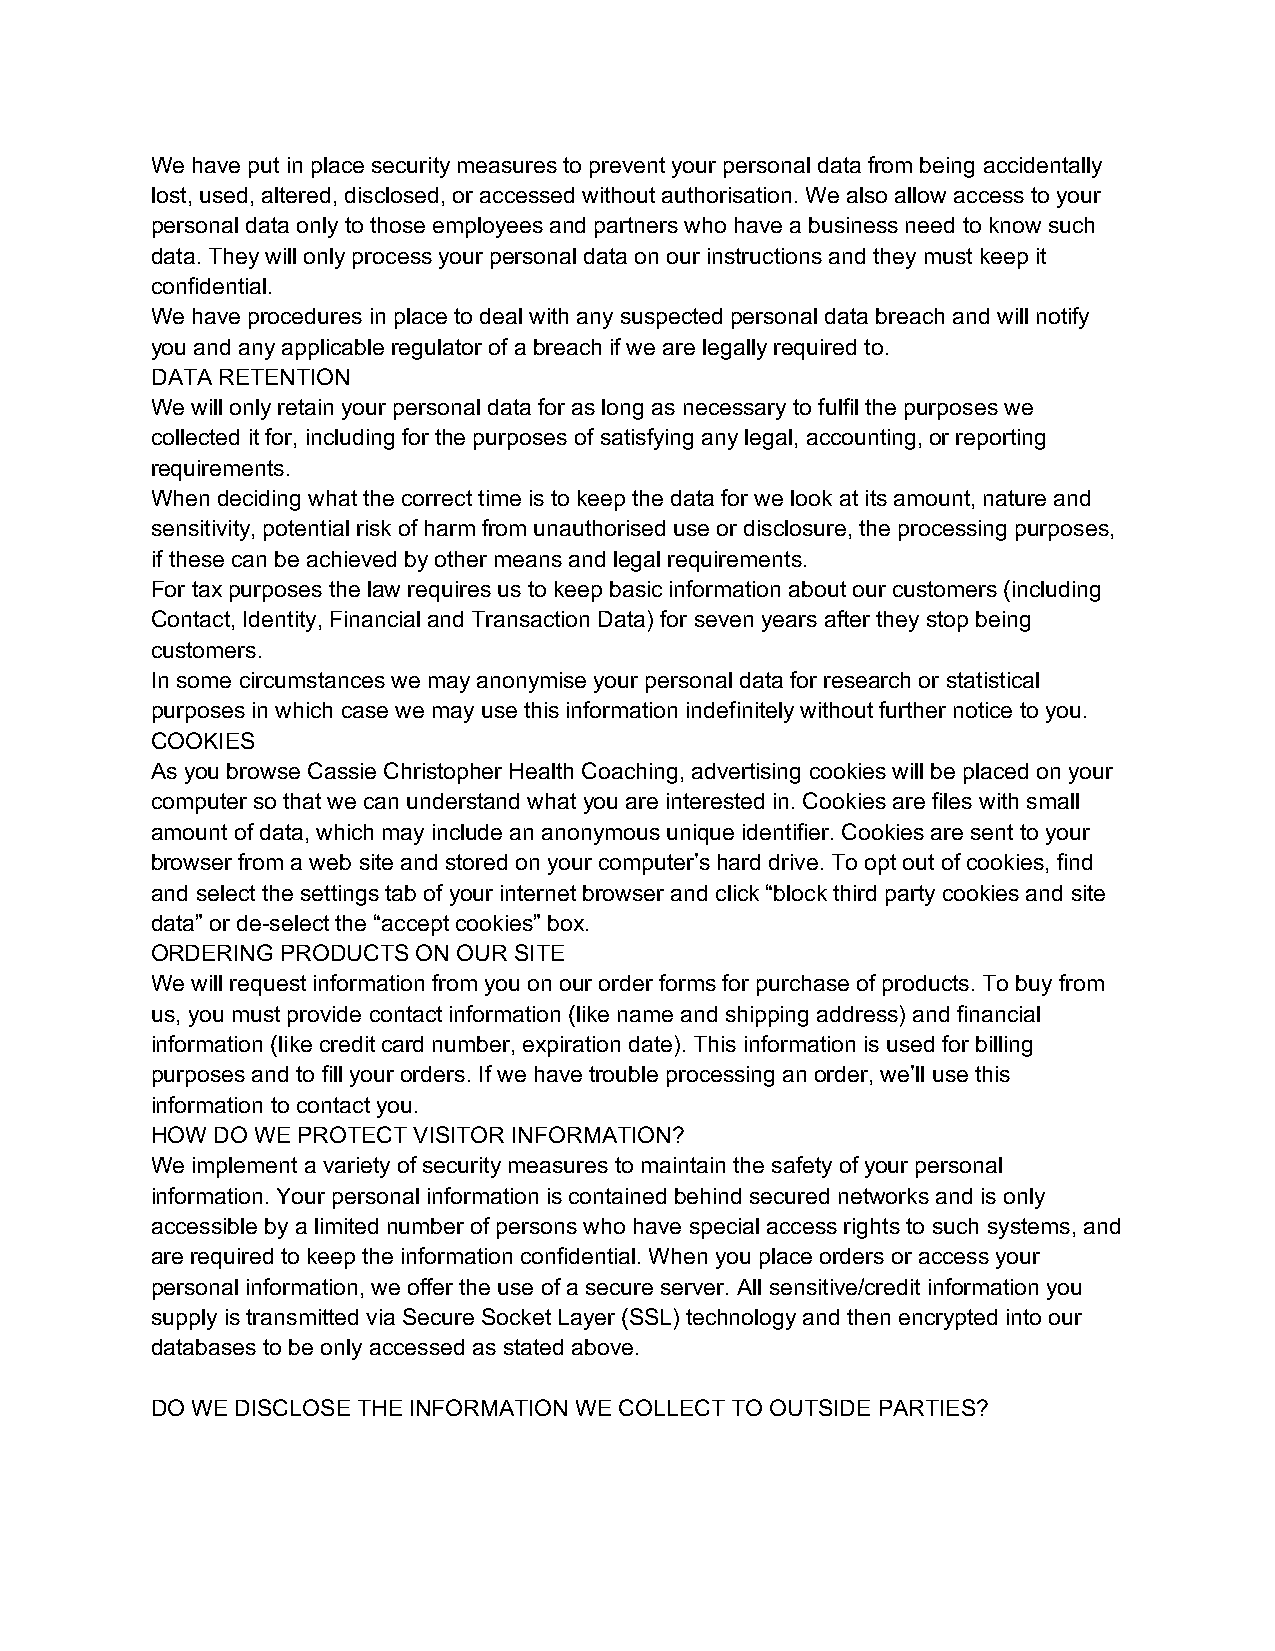
We have put in place security measures to prevent your personal data from being accidentally
 lost, used, altered, disclosed, or accessed without authorisation. We also allow access to your
 personal data only to those employees and partners who have a business need to know such
 data. They will only process your personal data on our instructions and they must keep it
 confidential.
 We have procedures in place to deal with any suspected personal data breach and will notify
 you and any applicable regulator of a breach if we are legally required to.
 DATA RETENTION
 We will only retain your personal data for as long as necessary to fulfil the purposes we
 collected it for, including for the purposes of satisfying any legal, accounting, or reporting
 requirements.
 When deciding what the correct time is to keep the data for we look at its amount, nature and
 sensitivity, potential risk of harm from unauthorised use or disclosure, the processing purposes,
 if these can be achieved by other means and legal requirements.
 For tax purposes the law requires us to keep basic information about our customers (including
 Contact, Identity, Financial and Transaction Data) for seven years after they stop being
 customers.
 In some circumstances we may anonymise your personal data for research or statistical
 purposes in which case we may use this information indefinitely without further notice to you.
 COOKIES
 As you browse Cassie Christopher Health Coaching, advertising cookies will be placed on your
 computer so that we can understand what you are interested in. Cookies are files with small
 amount of data, which may include an anonymous unique identifier. Cookies are sent to your
 browser from a web site and stored on your computer’s hard drive. To opt out of cookies, find
 and select the settings tab of your internet browser and click “block third party cookies and site
 data” or de-select the “accept cookies” box.
 ORDERING PRODUCTS ON OUR SITE
 We will request information from you on our order forms for purchase of products. To buy from
 us, you must provide contact information (like name and shipping address) and financial
 information (like credit card number, expiration date). This information is used for billing
 purposes and to fill your orders. If we have trouble processing an order, we’ll use this
 information to contact you.
 HOW DO WE PROTECT VISITOR INFORMATION?
 We implement a variety of security measures to maintain the safety of your personal
 information. Your personal information is contained behind secured networks and is only
 accessible by a limited number of persons who have special access rights to such systems, and
 are required to keep the information confidential. When you place orders or access your
 personal information, we offer the use of a secure server. All sensitive/credit information you
 supply is transmitted via Secure Socket Layer (SSL) technology and then encrypted into our
 databases to be only accessed as stated above.
 DO WE DISCLOSE THE INFORMATION WE COLLECT TO OUTSIDE PARTIES?